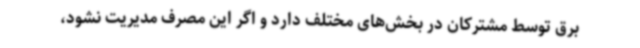
برق توسط مشترکان در بخش‌های مختلف دارد و اگر این مصرف مدیریت نشود،